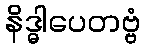
နိဒ္ဓါပေတဗ္ဗံ